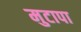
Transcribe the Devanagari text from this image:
मुटापा